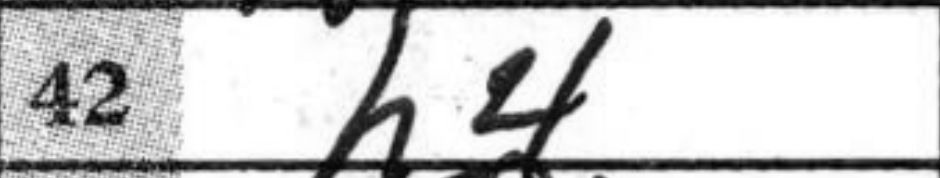
Transcription: h4